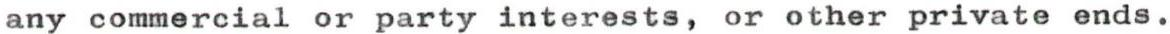
any commercial or party interests, or other private ends.